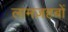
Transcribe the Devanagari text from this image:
लामज़हबों